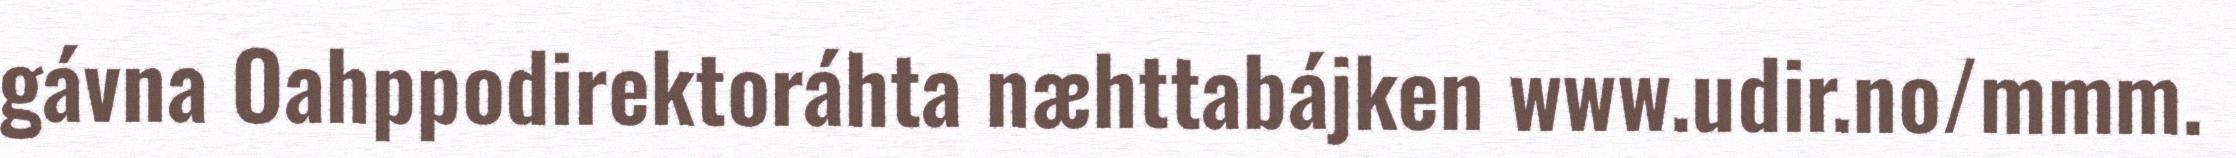
gávna Oahppodirektoráhta næhttabájken www.udir.no/mmm.